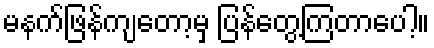
မနက်ဖြန်ကျတော့မှ ပြန်တွေ့ကြတာပေါ့။